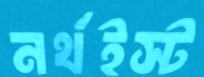
নর্থইস্ট